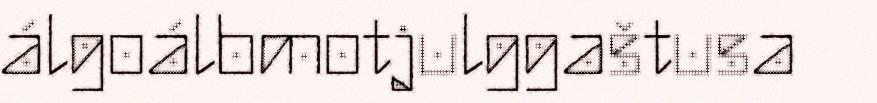
álgoálbmotjulggaštusa